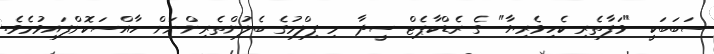
ސަބަބަކީ "ވަފާތެރި ކެހިވެރިޔާ" ގެ ރެޑްކާޕެޓް ސީދާ މި ފިލްމުގެ ބެލުންތެރިންނަށް ހާއްސަކޮށްފައިވުމެވެ.